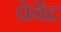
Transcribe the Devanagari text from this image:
प्रेवेंद्र